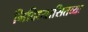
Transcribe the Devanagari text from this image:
निदिध्यासितव्यः